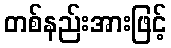
တစ်နည်းအားဖြင့်